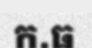
ក.ធ